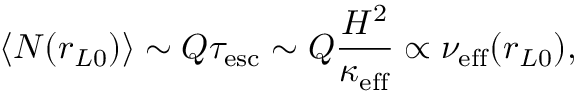
\langle N ( r _ { L 0 } ) \rangle \sim Q \tau _ { \mathrm { e s c } } \sim Q \frac { H ^ { 2 } } { \kappa _ { \mathrm { e f f } } } \propto \nu _ { \mathrm { e f f } } ( r _ { L 0 } ) ,